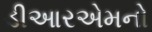
ડીઆરએમનો